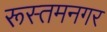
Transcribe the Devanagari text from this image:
रूस्तमनगर